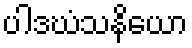
ပါဒဃံသနိယော